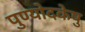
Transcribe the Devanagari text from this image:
पुण्योदकेषु